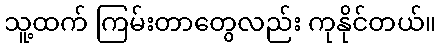
သူ့ထက် ကြမ်းတာတွေလည်း ကုနိုင်တယ်။